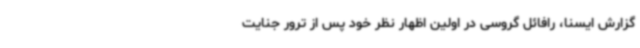
گزارش ایسنا، رافائل گروسی در اولین اظهار نظر خود پس از ترور جنایت